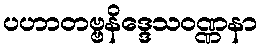
ပဟာတဗ္ဗနိဒ္ဒေသဝဏ္ဏနာ